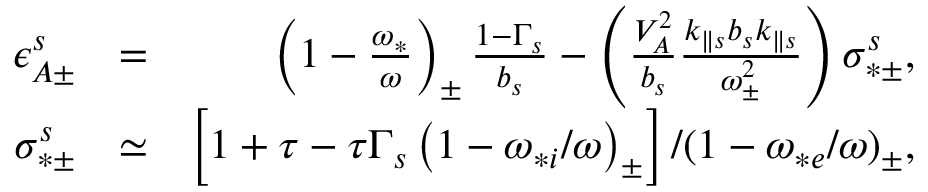
\begin{array} { r l r } { \epsilon _ { A \pm } ^ { s } } & { = } & { \left( 1 - \frac { \omega _ { * } } { \omega } \right) _ { \pm } \frac { 1 - \Gamma _ { s } } { b _ { s } } - \left( \frac { V _ { A } ^ { 2 } } { b _ { s } } \frac { k _ { \parallel s } b _ { s } k _ { \parallel s } } { \omega _ { \pm } ^ { 2 } } \right) \sigma _ { * \pm } ^ { s } , } \\ { \sigma _ { * \pm } ^ { s } } & { \simeq } & { \left[ 1 + \tau - \tau \Gamma _ { s } \left( 1 - \omega _ { * i } / \omega \right) _ { \pm } \right] / ( 1 - \omega _ { * e } / \omega ) _ { \pm } , } \end{array}